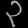
Digit: ၃